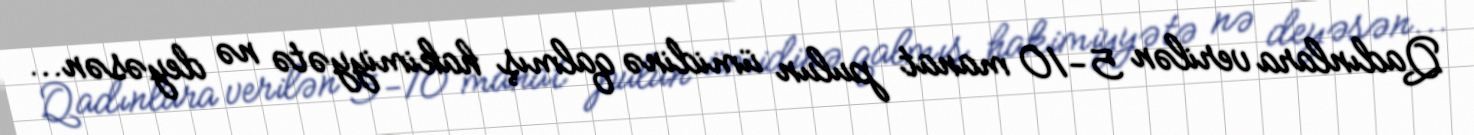
Qadınlara verilən 5-10 manat pulun ümidinə qalmış hakimiyyətə nə deyəsən...